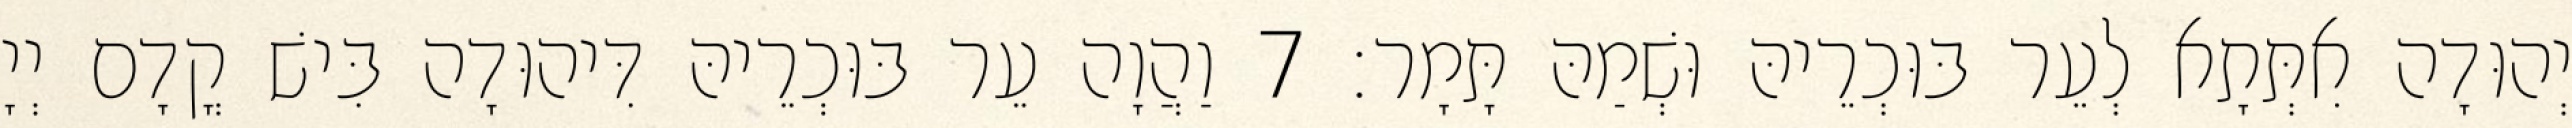
יְהוּדָה אִתְּתָא לְעֵר בּוּכְרֵיהּ וּשְׁמַהּ תָּמָר׃ 7 וַהֲוָה עֵר בּוּכְרֵיהּ דִּיהוּדָה בִּישׁ קֳדָם יְיָ